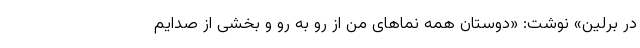
در برلین» نوشت: «دوستان همه نماهای من از رو به رو و بخشی از صدایم